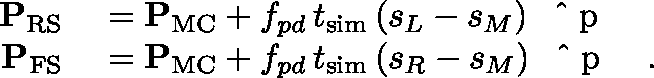
\begin{array} { r l } { { \mathbf { P } } _ { \mathrm { R S } } } & { { } = { \mathbf { P } } _ { \mathrm { M C } } + f _ { p d } \, t _ { \mathrm { s i m } } \, ( s _ { L } - s _ { M } ) \, { \mathrm { ~ \boldmath ~ \hat { ~ } { ~ p ~ } ~ \unboldmath ~ } } } \\ { { \mathbf { P } } _ { \mathrm { F S } } } & { { } = { \mathbf { P } } _ { \mathrm { M C } } + f _ { p d } \, t _ { \mathrm { s i m } } \, ( s _ { R } - s _ { M } ) \, { \mathrm { ~ \boldmath ~ \hat { ~ } { ~ p ~ } ~ \unboldmath ~ } } \ . } \end{array}